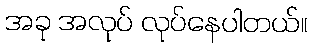
အခု အလုပ် လုပ်နေပါတယ်။